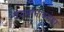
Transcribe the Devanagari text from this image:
वयमानाबरोबर